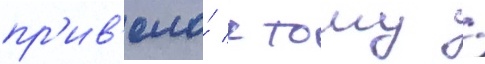
пр'ив'ело́ к тому /